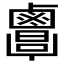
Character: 𪉷